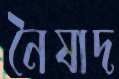
নৈষাদ